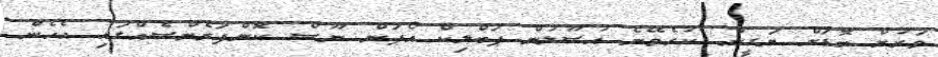
ވަރަށް ބޮޑަށް ޔަގީން ކުރެވޭނެ އުސޫލުން ޕަބްލިކް އޯޕަން ނޫސް ކޮންފަރެންސެއްގައި އެހެން